Annual report of the Punjab Veterinary College and of the Civil Veterinary Department, Punjab - 1926-1932
Year: 1926
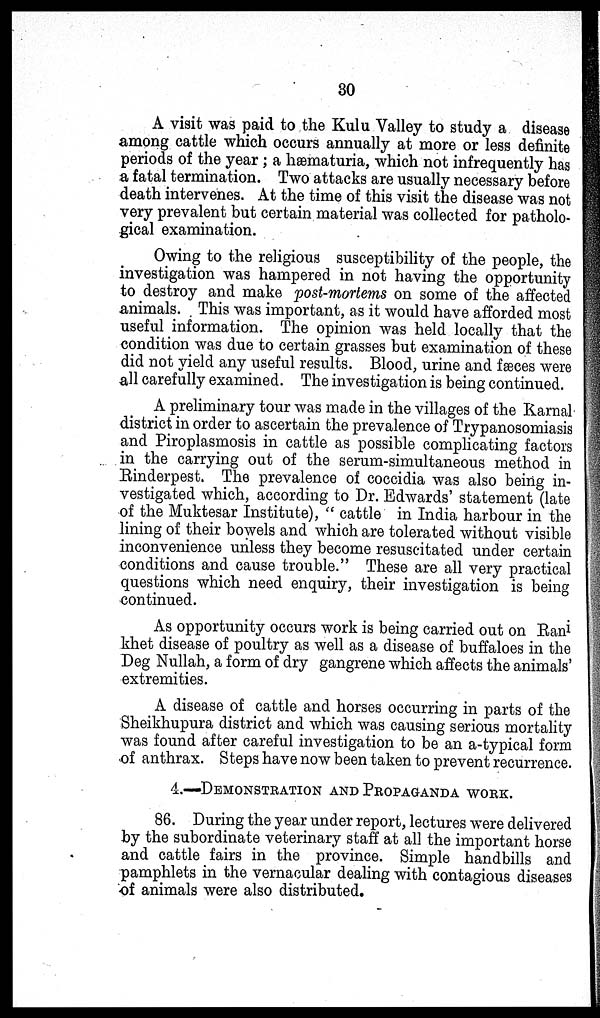
30
A visit was paid to the Kulu Valley to study a disease
among cattle which occurs annually at more or less definite
periods of the year; a hæmaturia, which not infrequently has
a fatal termination. Two attacks are usually necessary before
death intervenes. At the time of this visit the disease was not
very prevalent but certain material was collected for patholo-
gical examination.
Owing to the religious susceptibility of the people, the
investigation was hampered in not having the opportunity
to destroy and make post-mortems on some of the affected
animals. This was important, as it would have afforded most
useful information. The opinion was held locally that the
condition was due to certain grasses but examination of these
did not yield any useful results. Blood, urine and fæces were
all carefully examined. The investigation is being continued.
A preliminary tour was made in the villages of the Karnal
district in order to ascertain the prevalence of Trypanosomiasis
and Piroplasmosis in cattle as possible complicating factors
in the carrying out of the serum-simultaneous method in
Rinderpest. The prevalence of coccidia was also being in-
vestigated which, according to Dr. Edwards' statement (late
of the Muktesar Institute), "cattle in India harbour in the
lining of their bowels and which are tolerated without visible
inconvenience unless they become resuscitated under certain
conditions and cause trouble." These are all very practical
questions which need enquiry, their investigation is being
continued.
As opportunity occurs work is being carried out on Rani
khet disease of poultry as well as a disease of buffaloes in the
Deg Nullah, a form of dry gangrene which affects the animals'
extremities.
A disease of cattle and horses occurring in parts of the
Sheikhupura district and which was causing serious mortality
was found after careful investigation to be an a-typical form
of anthrax. Steps have now been taken to prevent recurrence.
4.—DEMONSTRATION AND PROPAGANDA WORK.
86. During the year under report, lectures were delivered
by the subordinate veterinary staff at all the important horse
and cattle fairs in the province. Simple handbills and
pamphlets in the vernacular dealing with contagious diseases
of animals were also distributed.